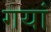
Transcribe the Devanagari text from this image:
गयां